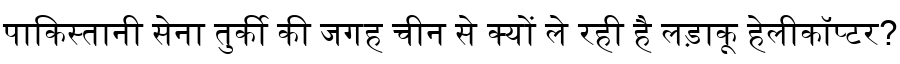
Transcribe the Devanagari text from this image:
पाकिस्तानी सेना तुर्की की जगह चीन से क्यों ले रही है लड़ाकू हेलीकॉप्टर?